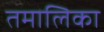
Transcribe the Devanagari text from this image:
तमालिका